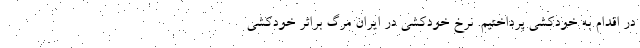
در اقدام به خودکشی پرداختیم. نرخ خودکشی در ایران مرگ براثر خودکشی